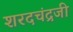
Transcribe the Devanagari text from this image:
शरदचंद्रजी